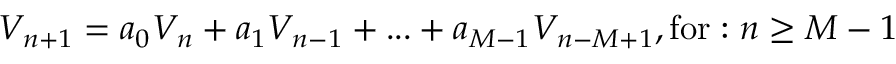
V _ { n + 1 } = a _ { 0 } V _ { n } + a _ { 1 } V _ { n - 1 } + . . . + a _ { M - 1 } V _ { n - M + 1 } , \mathrm { f o r } : n \geq M - 1